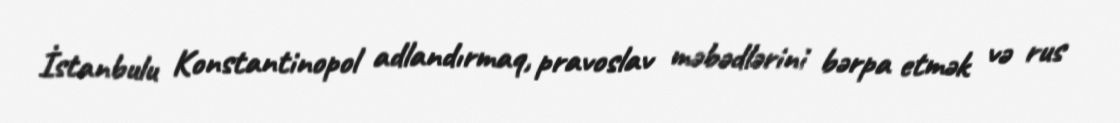
İstanbulu Konstantinopol adlandırmaq, pravoslav məbədlərini bərpa etmək və rus